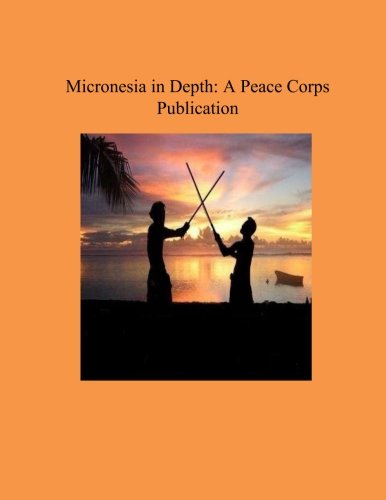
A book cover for Micronesia in Depth: A Peace Corps Publication; Peace Corps; Travel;